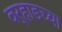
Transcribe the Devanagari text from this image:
वर्‍हाडच्या